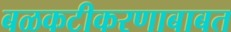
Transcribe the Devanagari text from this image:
बळकटीकरणाबाबत